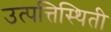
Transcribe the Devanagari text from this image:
उत्पत्तिस्थिती